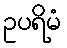
ဥပရိမံ